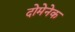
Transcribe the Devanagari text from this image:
दोमेनेक